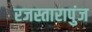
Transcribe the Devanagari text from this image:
रजस्तारापुंज